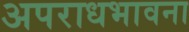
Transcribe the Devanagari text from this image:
अपराधभावना